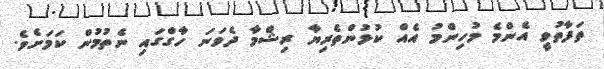
ތަފާތުވީ އެންމެ މުހިންމު އެއް ކުޅުންތެރިޔާ ރިޝްމާ ދެވަނަ ހާގްގައި ނެތުމުން ކަމަށެވެ.